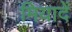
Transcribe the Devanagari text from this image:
मियादें